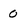
Character: 0